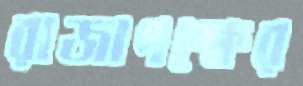
রাজাপক্ষের